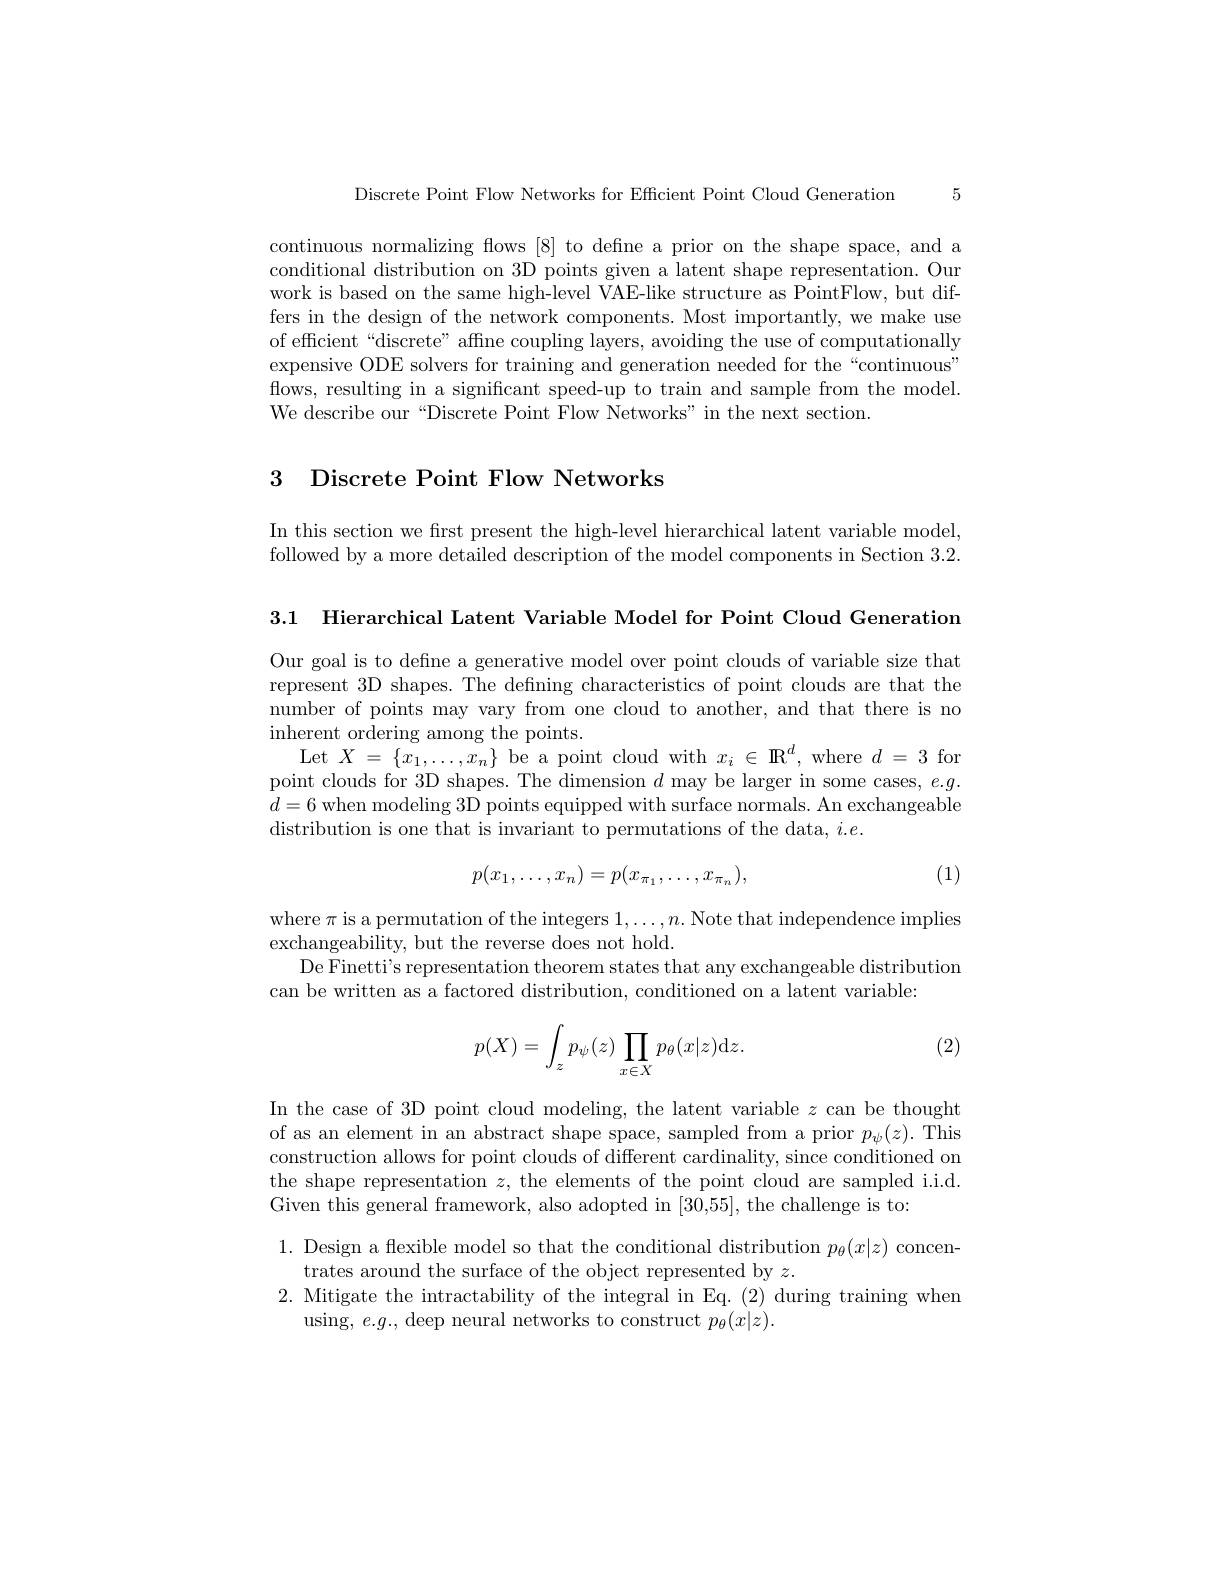
5

Discrete Point Flow Networks for Efficient Point Cloud Generation

continuous normalizing flows [8] to define a prior on the shape space, and a conditional distribution on 3D points given a latent shape representation. Our work is based on the same high-level VAE-like structure as PointFlow, but differs in the design of the network components. Most importantly, we make use of efficient“discrete” affine coupling layers, avoiding the use of computationally expensive ODE solvers for training and generation needed for the “continuous” flows, resulting in a significant speed-up to train and sample from the model. We describe our“Discrete Point Flow Networks" in the next section.

# 3 Discrete Point Flow Networks

In this section we first present the high-level hierarchical latent variable model, followed by a more detailed description of the model components in Section 3.2.

3.1 Hierarchical Latent Variable Model for Point Cloud Generation

Our goal is to define a generative model over point clouds of variable size that represent 3D shapes. The defning characteristics of point clouds are that the number of points may vary from one cloud to another, and that there is no inherent ordering among the points.
Let$X=\{x_1,\ldots,x_n\}$ be a point cloud with $x_i\in\mathbb{R}^d$, where $d=3$ for point clouds for 3D shapes. The dimension $d$ may be larger in some cases, $e.g.$ $d=6$ when modeling 3D points equipped with surface normals. An exchangeable distribution is one that is invariant to permutations of the data, $i.e.$
$$p(x_1,\ldots,x_n)=p(x_{\pi_1},\ldots,x_{\pi_n}),$$
(1)

where $\pi$ is a permutation of the integers 1$,\ldots,n.$Note that independence implies
exchangeability, but the reverse does not hold.
De Finetti's representation theorem states that any exchangeable distribution
can be written as a factored distribution, conditioned on a latent variable:

(2)
$$p(X)=\int_zp_\psi(z)\prod_{x\in X}p_\theta(x|z)\mathrm{d}z.$$
In the case of 3D point cloud modeling, the latent variable $z$ can be thought of as an element in an abstract shape space, sampled from a prior $p_\psi(z).$ This construction allows for point clouds of different cardinality, since conditioned on the shape representation $z$, the elements of the point cloud are sampled i.i.d. Given this general framework, also adopted in [30,55], the challenge is to:
1. Design a flexible model so that the conditional distribution $p_\theta(x|z)$ concen-
trates around the surface of the object represented by $z.$
2. Mitigate the intractability of the integral in Eq. (2) during training when
using, $e.g.$, deep neural networks to construct $p_\theta(x|z).$